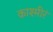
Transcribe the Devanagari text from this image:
काश्मीरं